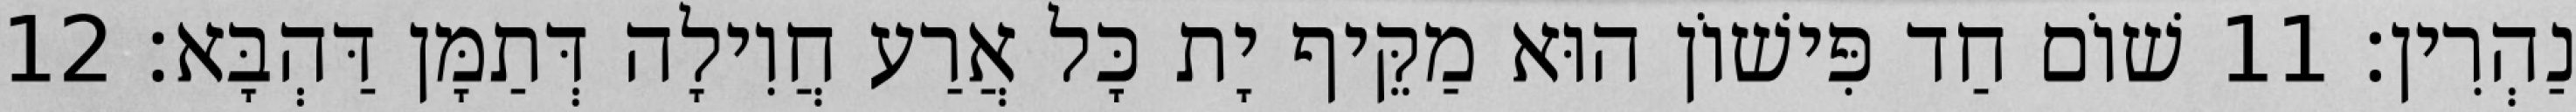
נַהְרִין׃ 11 שׁוֹם חַד פִּישׁוֹן הוּא מַקֵּיף יָת כָּל אֲרַע חֲוִילָה דְּתַמָּן דַּהְבָּא׃ 12